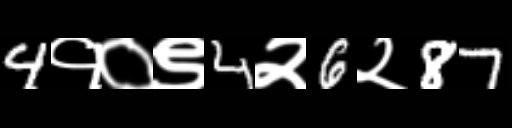
Text: 4१०९4२6२87